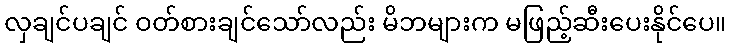
လှချင်ပချင် ဝတ်စားချင်သော်လည်း မိဘများက မဖြည့်ဆီးပေးနိုင်ပေ။